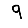
Digit: 9